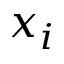
x _ { i }